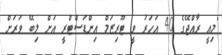
"މިއީ ރާއްޖޭގެ 40 އަހަރު ވީ ޓޫރިޒަމް އިންޑަސްޓްރީ އަށް ލިބޭ ވަރަށް